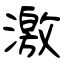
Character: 激